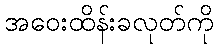
အဝေးထိန်းခလုတ်ကို